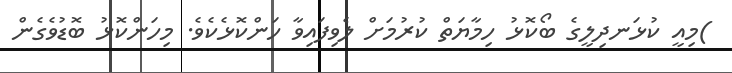
)މިއީ ކުޅަނދިލީގެ ބޯކޮޅު ހިމާޔަތް ކުރުމަށް ލެވިފައިވާ ހަންކޮޅެކެވެ. މިހަންކޮޅު ބޮޑުވެގެން